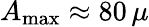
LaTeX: A_{\mathrm{max}}\approx 80\, \mu